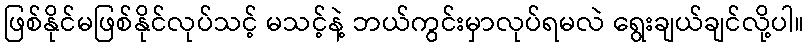
ဖြစ်နိုင်မဖြစ်နိုင်လုပ်သင့် မသင့်နဲ့ ဘယ်ကွင်းမှာလုပ်ရမလဲ ရွေးချယ်ချင်လို့ပါ။